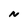
Character: N